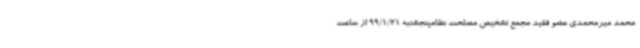
محمد میرمحمدی عضو فقید مجمع تشخیص مصلحت نظامپنجشنبه 99/1/21 از ساعت